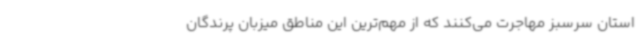
استان سرسبز مهاجرت می‌کنند که از مهم‌ترین این مناطق میزبان پرندگان